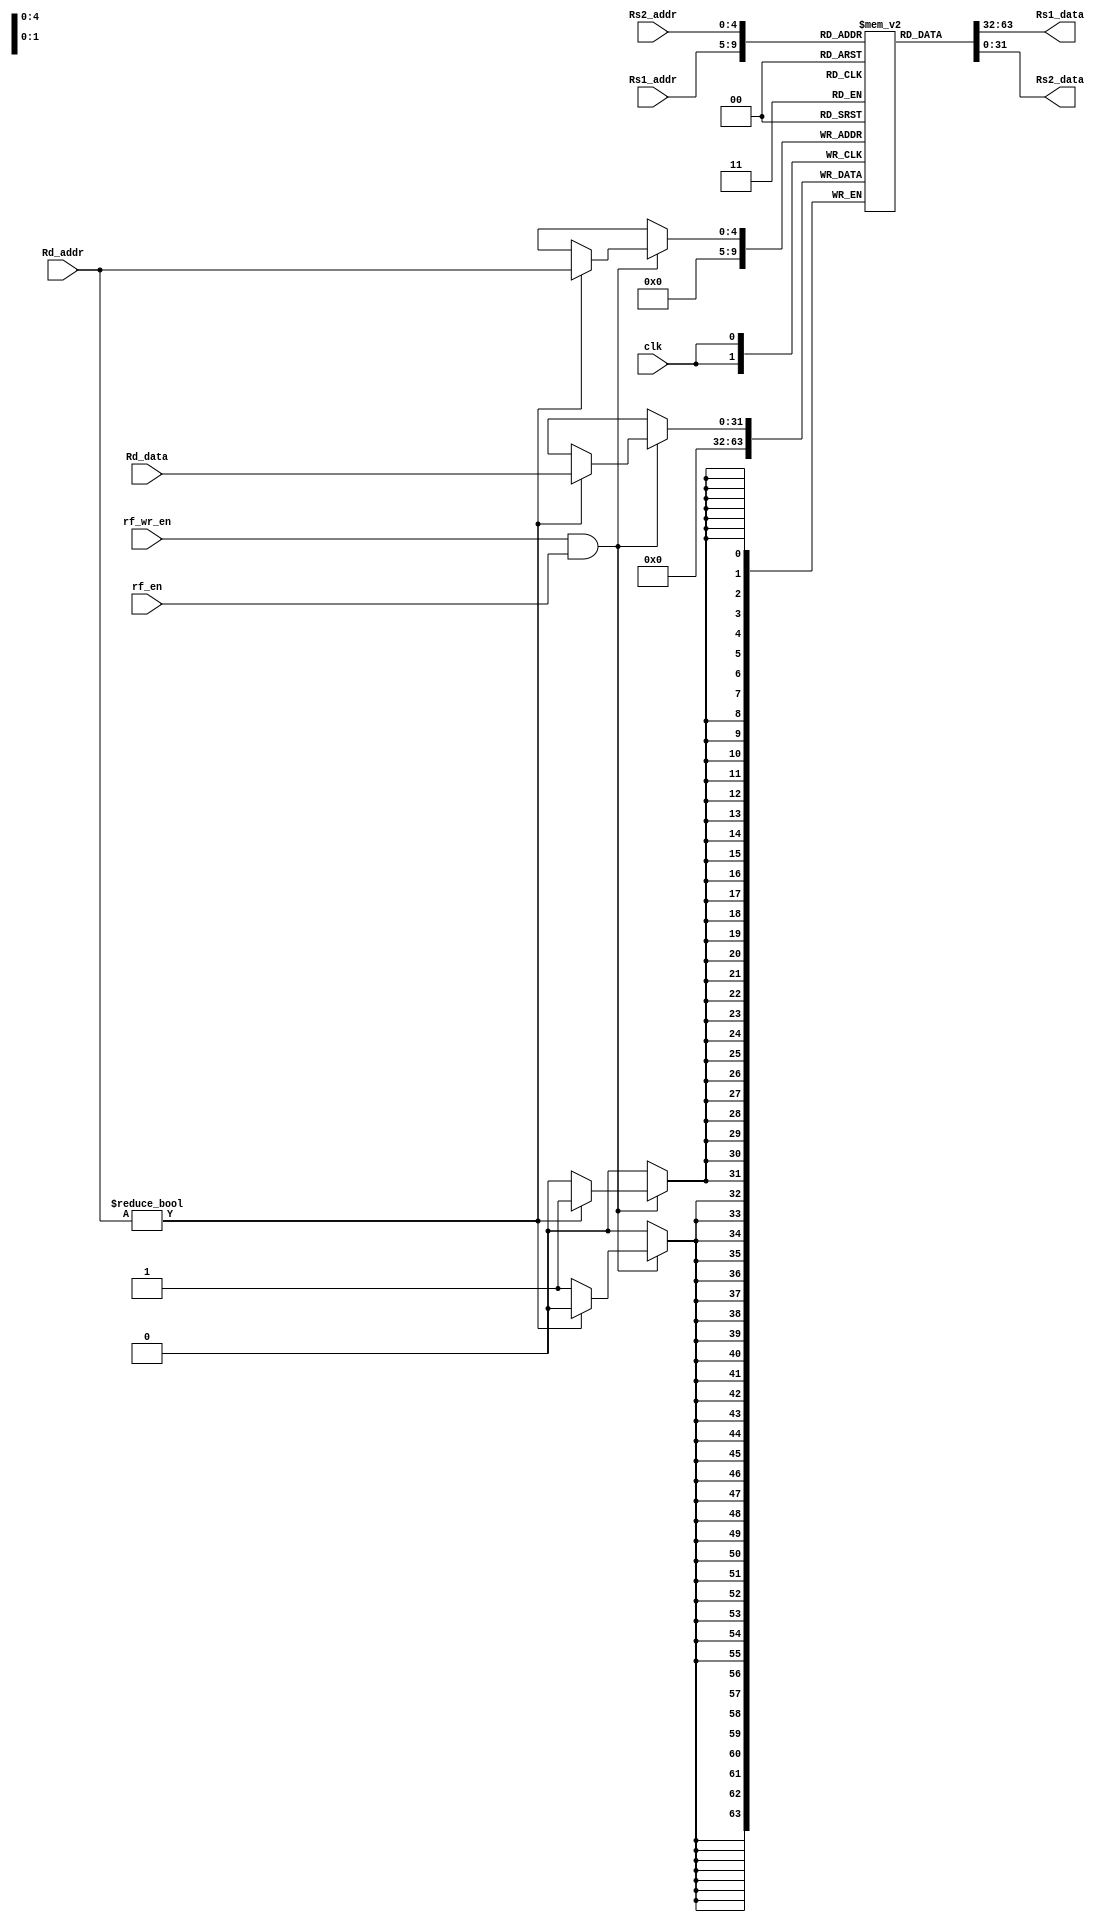
`default_nettype none
`timescale 1ns / 1ps

module R_File(
    input wire clk,
    input wire rf_wr_en,rf_en,
    
    input wire[4:0] Rs1_addr,
    input wire[4:0] Rs2_addr,
    input wire[4:0] Rd_addr,
    
    input wire[31:0] Rd_data,
    output wire[31:0] Rs1_data,
    output wire[31:0] Rs2_data
    );
    
    reg[31:0] reg_file[31:0];

    
    /*always @(posedge clk)begin
     
     if(rf_wr_en) begin
      if(Rd_addr != 0)begin
       reg_file[Rd_addr] <= Rd_data;
      end
      else begin
       reg_file[0] <= 0;
      end
     end
     else begin
      if(Rs1_addr == 0)begin
       Rs1_data <= 0;
      end
      else begin
       Rs1_data <= reg_file[Rs1_addr];
      end
     
      if(Rs2_addr == 0)begin
       Rs2_data <= 0;
      end
      else begin
       Rs2_data <= reg_file[Rs2_addr];
      end 
     end
     
    end*/
    
    
    always @(posedge clk)begin
     
     if(rf_wr_en && rf_en) begin
      if(Rd_addr != 0)begin
       reg_file[Rd_addr] <= Rd_data;
      end
      else begin
       reg_file[0] <= 0;
      end
     end
    end 
    
    assign Rs1_data = reg_file[Rs1_addr];
    assign Rs2_data = reg_file[Rs2_addr];    
endmodule